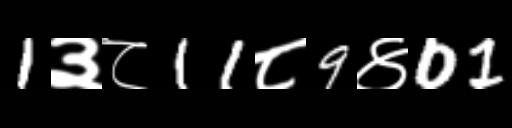
Text: 1३८11८9४01